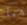
هيا